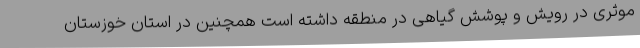
موثری در رویش و پوشش گیاهی در منطقه داشته است همچنین در استان خوزستان